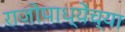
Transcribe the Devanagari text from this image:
राजोपाध्येंच्या